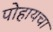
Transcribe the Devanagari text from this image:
पोहायचा